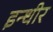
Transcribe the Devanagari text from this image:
इन्धीर